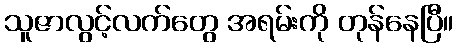
သူဇာလွင့်လက်တွေ အရမ်းကို တုန်နေပြီ။